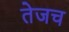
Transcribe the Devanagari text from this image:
तेजच